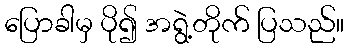
ပြောခါမှ ပို၍ အရွဲ့တိုက် ပြသည်။